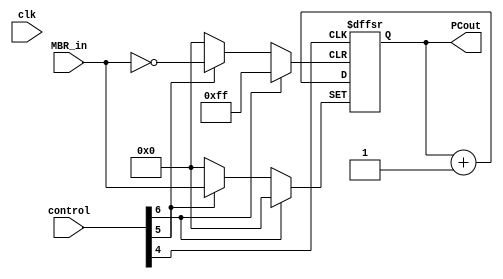
`timescale 1ns / 1ps
module pc(
    input clk,
    input [24:0]control,
    input [7:0] MBR_in,
    output [7:0] PCout
    );
    reg [7:0] data_buffer;
    initial
    begin
    data_buffer=0;
    end
    assign PCout = data_buffer;   
     
    always@(posedge control[4]or posedge control[5]or posedge control[6])
    begin
    if(control[5]==1) data_buffer = MBR_in;
    else if(control[6]==1) data_buffer = 0;
    else if(control[4]==1) data_buffer = data_buffer + 1;
    end
endmodule